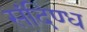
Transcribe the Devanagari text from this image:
संदिण्ध